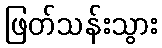
ဖြတ်သန်းသွား